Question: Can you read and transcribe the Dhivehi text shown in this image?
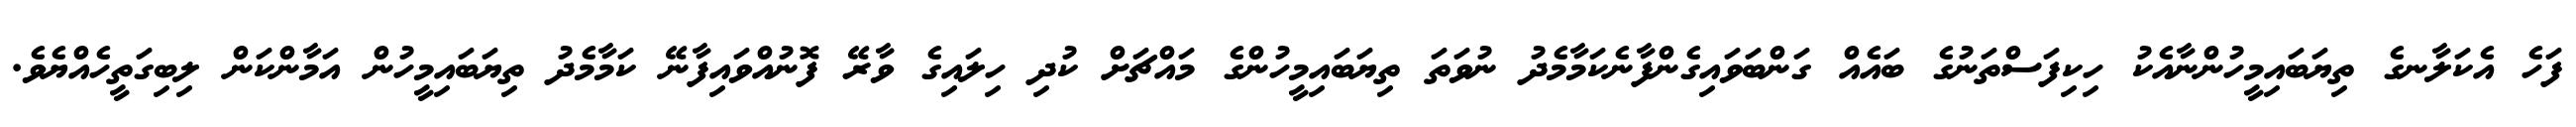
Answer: ފަހެ އެކަލާނގެ ތިޔަބައިމީހުންނާއެކު ހިކިފަސްތަނުގެ ބައެއް ގަންބަވައިގެންފާނެކަމާމެދު ނުވަތަ ތިޔަބައިމީހުންގެ މައްޗަށް ކުދި ހިލައިގެ ވާރޭ ފޮނުއްވައިފާނޭ ކަމާމެދު ތިޔަބައިމީހުން އަމާންކަން ލިބިގަތީހެއްޔެވެ.